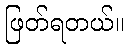
ဖြတ်ရတယ်။